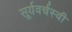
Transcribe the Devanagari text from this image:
सूर्यवर्चस्वी